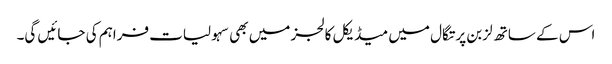
اس کے ساتھ لزبن پرتگال میں میڈیکل کالجز میں بھی سہولیات فراہم کی جائیں گی۔